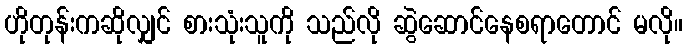
ဟိုတုန်းကဆိုလျှင် စားသုံးသူကို သည်လို ဆွဲဆောင်နေစရာတောင် မလို။